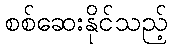
စစ်ဆေးနိုင်သည့်